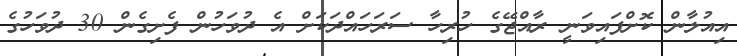
އިއުލާން ކޮށްފައިވަނީ ރާއްޖޭގެ ހުރިހާ ސަރަހައްދަކަށް އެ ދުވަހުން ފެށިގެން 30 ދުވަހުގެ